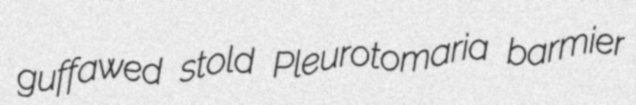
guffawed stold Pleurotomaria barmier